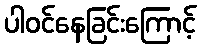
ပါဝင်နေခြင်းကြောင့်